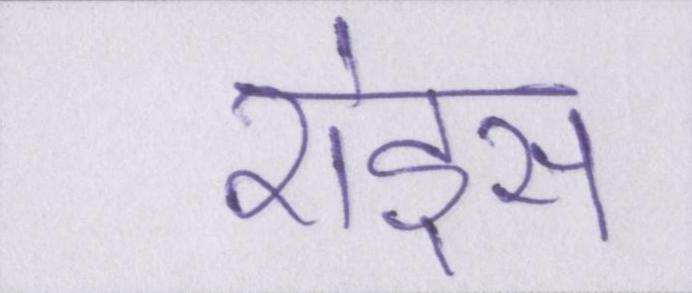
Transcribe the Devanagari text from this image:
शेड्स